Insane asylums in Bengal annual reports 1876-1887 - 1876-1887
Year: 1876
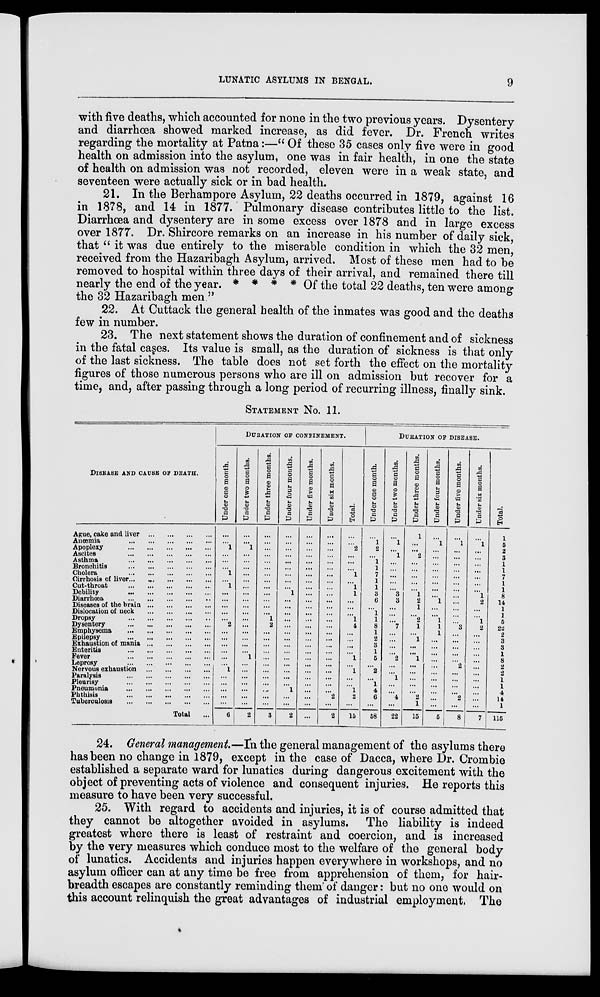
LUNATIC ASYLUMS IN BENGAL.
9
with five deaths, which accounted for none in the two previous years. Dysentery
and diarrhœa showed marked increase, as did fever. Dr. French writes
regarding the mortality at Patna:—" Of these 35 cases only five were in good
health on admission into the asylum, one was in fair health, in one the state
of health on admission was not recorded, eleven were in a weak state, and
seventeen were actually sick or in bad health.
21. In the Berhampore Asylum, 22 deaths occurred in 1879, against 16
in 1878, and 14 in 1877. Pulmonary disease contributes little to the list.
Diarrhœa and dysentery are in some excess over 1878 and in large excess
over 1877. Dr. Shircore remarks on an increase in his number of daily sick,
that " it was due entirely to the miserable condition in which the 32 men,
received from the Hazaribagh Asylum, arrived. Most of these men had to be
removed to hospital within three days of their arrival, and remained there till
nearly the end of the year. * * * * Of the total 22 deaths, ten were among
the 32 Hazaribagh men."
22. At Cuttack the general health of the inmates was good and the deaths
few in number.
23. The next statement shows the duration of confinement and of sickness
in the fatal cases. Its value is small, as the duration of sickness is that only
of the last sickness. The table does not set forth the effect on the mortality
figures of those numerous persons who are ill on admission but recover for a
time, and, after passing through a long period of recurring illness, finally sink.
STATEMENT No. 11.
DISEASE AND CAUSE OF DEATH.
Ague, cake and liver
... ... ... ...
Anœmia
... ... ... ... ...
Apoplexy
... ... ... ... ...
Ascites
... ... ... ... ...
Asthma
... ... ... ... ...
Bronchitis
.
.
. ... ... ... ...
Cholera
.
.
. ... ... ... ...
Cirrhosis of liver ... ... ... ... ...
Cut-throat ... ... ... ... ...
Debility
...
...
...
...
...
Diarrhœa
... ... ... ... ...
Diseases of the brain
...
...
...
...
Dislocation of neck
... ... ... ...
Dropsy
... ... ... ... ...
Dysentery
... ... ...
...
...
Emphysema
... ... ... ... ...
Epilepsy
... ... ... ... ...
Exhaustion of mania ...
...
...
...
Enteritis
... ... ... ... ...
Fever
... ... ... ... ...
Leprosy
... ... ... ... ...
Nervous exhaustion
... ... ... ...
Paralysis
... ... ... ... ...
Pleurisy
... ... ... ... ...
Pneumonia
... ... ... ... ...
Phthisis
... ... ... ... ...
Tuberculosis
...
...
...
...
...
Total ...
DURATION OF CONFINEMENT.
Under one month.
...
...
1
...
...
...
1
...
1
...
...
...
...
...
2
...
...
...
...
...
...
1
...
...
...
...
...
6
Under two months.
...
...
1
...
...
...
...
...
...
...
...
...
...
...
...
...
...
...
...
1
...
...
...
...
...
...
...
2
Under three months.
...
...
...
...
...
...
...
...
...
...
...
...
...
1
2
...
...
...
...
...
...
...
...
...
...
...
...
3
Under four months.
...
...
...
...
...
...
...
...
...
1
...
...
...
...
...
...
...
...
...
...
...
...
...
...
1
...
...
2
Under five months.
...
...
...
...
...
...
...
...
...
...
...
...
...
...
...
...
...
...
...
...
...
...
...
...
...
...
...
...
Under six months.
...
...
...
...
...
...
...
...
...
...
...
...
...
...
...
...
...
...
...
...
...
...
...
...
...
2
...
2
Total.
...
...
2
...
...
...
1
...
1
1
...
...
...
1
4
...
...
...
...
1
...
1
...
...
1
2
...
15
DURATION OF DISEASE.
Under one month.
...
1
2
...
1
1
7
1
1
3
6
...
1
1
8
1
2
3
1
5
...
2
...
1
4
6
...
58
Under two months.
...
1
...
1
...
...
...
...
...
3
3
...
...
...
7
...
...
...
...
2
...
...
1
...
...
4
...
22
Under three months.
1
...
...
2
...
...
...
...
...
1
2
1
...
2
1
...
1
...
...
1
...
...
...
...
...
2
1
15
Under four months.
...
1
...
...
...
...
...
...
...
...
1
...
...
1
1
1
...
...
...
...
...
...
...
...
...
...
...
5
Under five months.
...
1
...
...
...
...
...
...
...
...
...
...
...
...
3
...
...
...
...
...
2
...
...
...
...
2
...
8
Under six months.
...
1
...
...
...
...
...
...
...
1
2
...
...
1
2
...
...
...
...
...
...
...
...
...
...
...
...
7
Total.
1
5
2
3
1
1
7
1
1
8
14
1
1
5
22
2
3
3
1
8
2
2
1
1
4
14
1
115
24. General management.—In the general management of the asylums there
has been no change in 1879, except in the case of Dacca, where Dr. Crombie
established a separate ward for lunatics during dangerous excitement with the
object of preventing acts of violence and consequent injuries. He reports this
measure to have been very successful.
25. With regard to accidents and injuries, it is of course admitted that
they cannot be altogether avoided in asylums. The liability is indeed
greatest where there is least of restraint and coercion, and is increased
by the very measures which conduce most to the welfare of the general body
of lunatics. Accidents and injuries happen everywhere in workshops, and no
asylum officer can at any time be free from apprehension of them, for hair-
breadth escapes are constantly reminding them of danger : but no one would on
this account relinquish the great advantages of industrial employment. The